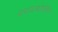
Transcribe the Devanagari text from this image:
पापास्तथोपोलोस